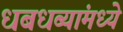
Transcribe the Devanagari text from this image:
धबधब्यांमध्ये